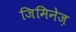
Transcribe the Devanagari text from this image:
जिमिनेज़